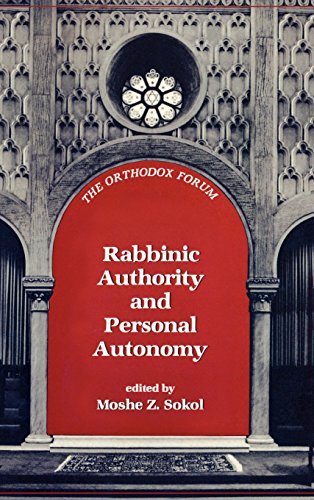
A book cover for Rabbinic Authority and Personal Autonomy (The Orthodox Forum Series); Religion & Spirituality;